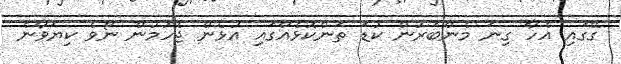
ގޭގައި އެހާ ގިނަ މެންބަރުން ކުޑަ ތަންކޮޅެއްގައި އުޅެން ޖެހުމުން ނޯވެ ކިޔަވާނެ